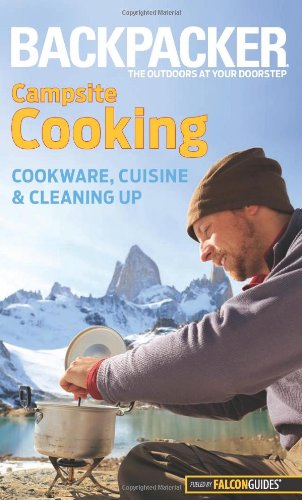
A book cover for Backpacker magazine's Campsite Cooking: Cookware, Cuisine, And Cleaning Up (Backpacker Magazine Series); Molly Absolon; Cookbooks, Food & Wine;